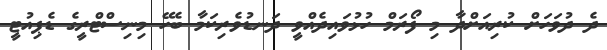
ދެ ދުވަހަށް ކުރިއަށްދާ މި ފޯރަމް ހުޅުވައިދެއްވީ ދަނޑުވެރިކަމާ ބެހޭ މިނިސްޓްރީގެ ޑެޕިއުޓީ